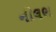
નીલભ